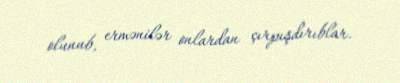
olunub, ermənilər onlardan çırpışdırıblar.